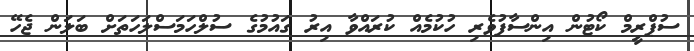
ސުޕްރީމް ކޯޓުން އިންސާފުވެރި ހުކުމެއް ކުރައްވާ އިރު ގައުމުގެ ސުލްހަމަސްލަހަތަށް ބަލަން ޖެހޭ